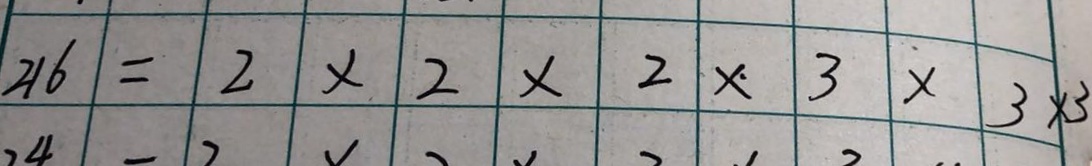
2 1 6 = 2 \times 2 \times 2 \times 3 \times 3 \times 3